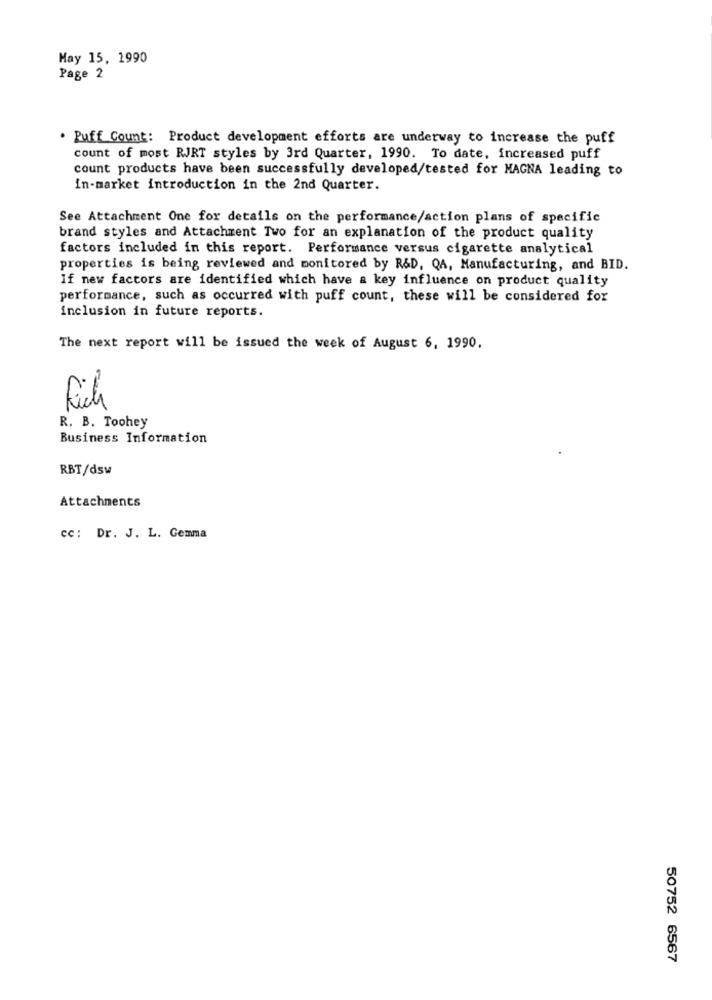
May 15, 1990
Page 2
. Puff Count: Product development efforts are underway to increase the puff
count of most RJRT styles by 3rd Quarter, 1990. To date, increased puff
count products have been successfully developed/tested for MAGNA leading to
in-market introduction in the 2nd Quarter.
See Attachment One for details on the performance/action plans of specific
brand styles and Attachment Two for an explanation of the product quality
factors included in this report. Performance versus cigarette analytical
properties is being reviewed and monitored by R&D, QA, Manufacturing, and BID.
If new factors are identified which have a key influence on product quality
performance, such as occurred with puff count, these will be considered for
inclusion in future reports.
The next report will be issued the week of August 6, 1990.
Fick
R. B. Toohey
Business Information
RBT/dsw
Attachments
cc: Dr. J. L. Gemma
50752 6567